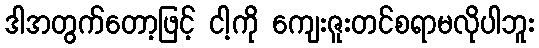
ဒါအတွက်တော့ဖြင့် ငါ့ကို ကျေးဇူးတင်စရာမလိုပါဘူး